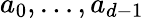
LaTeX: a_{0},\dots,a_{d-1}